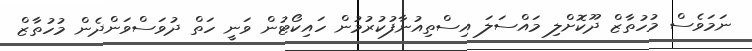
ނަމަވެސް މުހުތާޒް ދޫކޮށްލި މައްސަލަ އިސްތިއުނާފުކުރުމުން ހައިކޯޓުން ވަނީ ހަތް ދުވަސްވަންދެން މުހުތާޒް